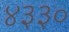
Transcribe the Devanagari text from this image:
४३३०